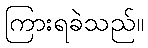
ကြားရခဲသည်။